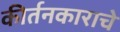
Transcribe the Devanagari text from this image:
कीर्तनकाराचे